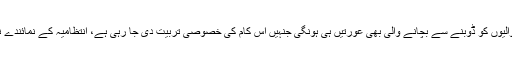
ڈوبنے والیوں کو ڈوبنے سے بچانے والی بھی عورتیں ہی ہونگی جنہیں اس کام کی خصوصی تربیت دی جا رہی ہے، انتظامیہ کے نمائندے نے بتایا۔